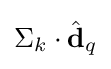
\Sigma _{k}\cdot {\hat {\textbf {d}}}_{q}